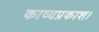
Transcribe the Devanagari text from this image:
काव्यप्रकाश।